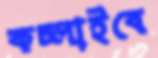
কচ্‌লাইবে